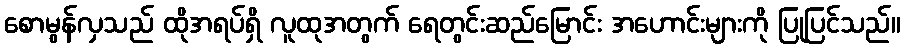
စောမွန်လှသည် ထိုအရပ်ရှိ လူထုအတွက် ရေတွင်းဆည်မြောင်း အဟောင်းများကို ပြုပြင်သည်။